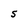
Character: S